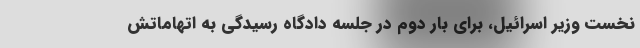
نخست وزیر اسرائیل، برای بار دوم در جلسه دادگاه رسیدگی به اتهاماتش